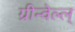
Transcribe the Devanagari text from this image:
ग्रीन्वेल्ल्